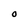
Character: O